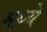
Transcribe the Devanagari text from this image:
मध्येे